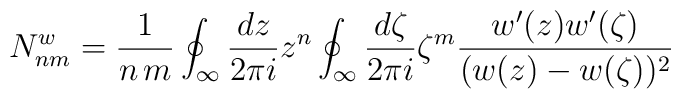
N_{nm}^w = \frac1{n\,m}\oint_\infty \frac{d z}{2\pi i} z^{n}\oint_\infty\frac{d    \zeta}{2\pi i}\zeta^{m}\frac{w'(z)w'(\zeta)}{(w(z)-w(\zeta))^2}